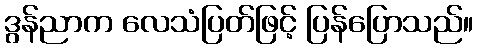
ဒွန်ညာက လေသံပြတ်ဖြင့် ပြန်ပြောသည်။